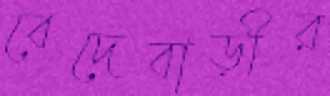
বেদেবাড়ীর